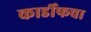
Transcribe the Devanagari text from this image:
कार्डीफचा